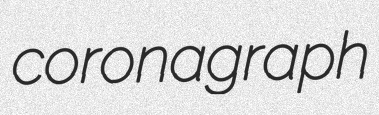
coronagraph